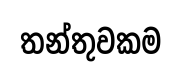
තන්තුවකම